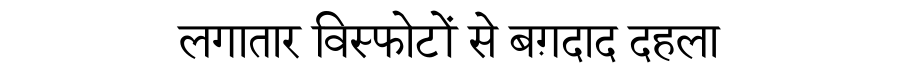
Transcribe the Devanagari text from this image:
लगातार विस्फोटों से बग़दाद दहला